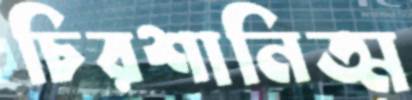
চিরশানিত্ম